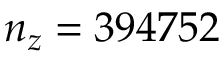
n _ { z } = 3 9 4 7 5 2